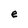
Character: e